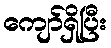
ကျော်ရှိပြီး